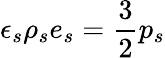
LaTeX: \epsilon_{s}\rho_{s}e_{s}=\frac{3}{2}p_{s}